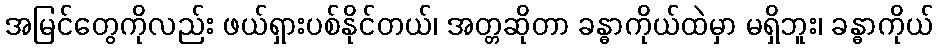
အမြင်တွေကိုလည်း ဖယ်ရှားပစ်နိုင်တယ်၊ အတ္တဆိုတာ ခန္ဓာကိုယ်ထဲမှာ မရှိဘူး၊ ခန္ဓာကိုယ်